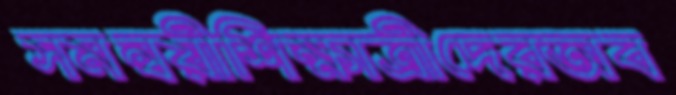
সমন্বয়ীশিক্ষাত্রীদেরঅব